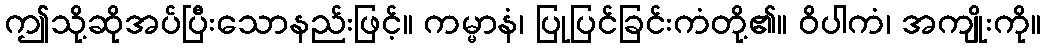
ဤသို့ဆိုအပ်ပြီးသောနည်းဖြင့်။ ကမ္မာနံ၊ ပြုပြင်ခြင်းကံတို့၏။ ဝိပါကံ၊ အကျိုးကို။